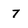
Character: 7